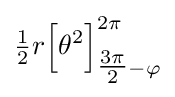
{\tfrac {1}{2}}r{\Big [}\theta ^{2}{\Big ]}_{{\tfrac {3\pi }{2}}-\varphi }^{2\pi }